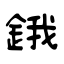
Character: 鋨